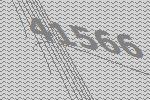
41566